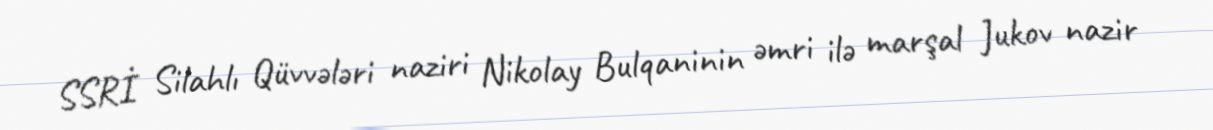
SSRİ Silahlı Qüvvələri naziri Nikolay Bulqaninin əmri ilə marşal Jukov nazir